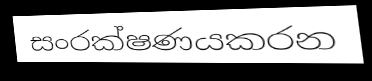
සංරක්ෂණයකරන